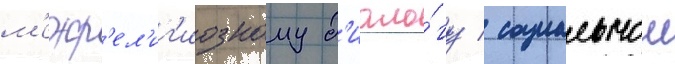
м'ежр'ел'иг'иозному д'иало́гу / социальнои